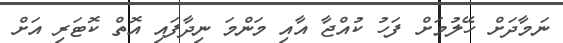
ނަމާދަށް ހޭލުމަށް ފަހު ކުއްޖާ އާއި މަންމަ ނިދާފައި އޮތް ކޮޓަރި އަށް